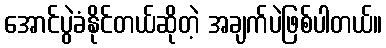
အောင်ပွဲခံနိုင်တယ်ဆိုတဲ့ အချက်ပဲဖြစ်ပါတယ်။